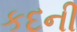
કદની